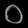
Digit: ၀